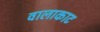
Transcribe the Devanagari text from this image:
वालाकाट